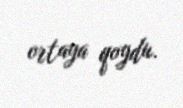
ortaya qoydu.